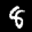
Label: 8